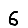
Digit: 6